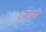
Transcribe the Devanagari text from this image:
अजस्रं